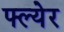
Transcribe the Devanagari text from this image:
फ्ल्येर